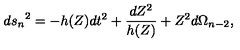
{ d s _ { n } } ^ { 2 } = - h ( Z ) d t ^ { 2 } + \frac { d Z ^ { 2 } } { h ( Z ) } + Z ^ { 2 } d \Omega _ { n - 2 } ,